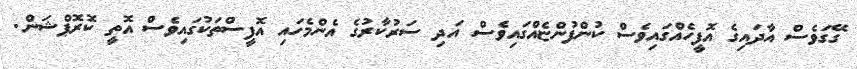
ގޭގަވެސް އާދައިގެ އޮފީހެއްގައިވެސް ކުންފުންޏެއްގައިވެސް އަދި ސަރުކާރުގެ އެންމެހައި އޮފީސްތަކުގައިވެސް އޮތީ ކޮރޮޕްޝަން.